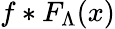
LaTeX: f*F_{\Lambda}(x)